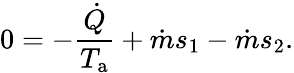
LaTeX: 0=-{\frac{\dot{Q}}{T_{\mathrm{a}}}}+{\dot{m}}s_{1}-{\dot{m}}s_{2}.